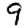
Digit: 9